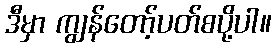
ဒီမှာ ကျွန်တော့်ပတ်စပို့ပါ။